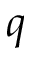
q